Scottish Certificate of Education, 1962
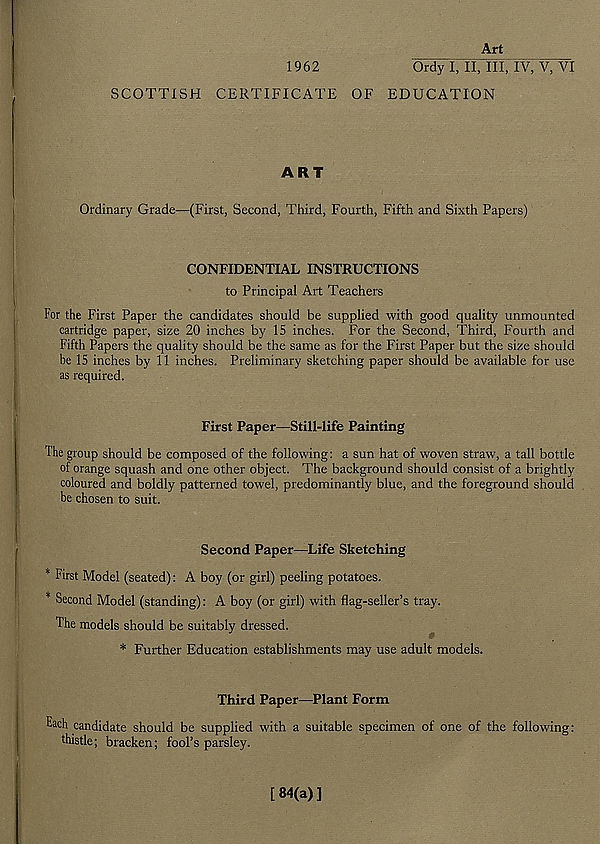
Art
1962
Ordy I, II, III, IV, V, VI
SCOTTISH CERTIFICATE OF EDUCATION
ART
Ordinary Grade—(First, Second, Third, Fourth, Fifth and Sixth Papers)
CONFIDENTIAL INSTRUCTIONS
to Principal Art Teachers
For the First Paper the candidates should be supplied with good quality unmounted
cartridge paper, size 20 inches by 15 inches. For the Second, Third, Fourth and
Fifth Papers the quality should be the same as for the First Paper but the size should
be 15 inches by 11 inches. Preliminary sketching paper should be available for use
as required.
First Paper—Still-life Painting
The group should be composed of the following: a sun hat of woven straw, a tall bottle
of orange squash and one other object. The background should consist of a brightly
coloured and boldly patterned towel, predominantly blue, and the foreground should
be chosen to suit.
Second Paper—Life Sketching
* First Model (seated): A boy (or girl) peeling potatoes.
* Second Model (standing): A boy (or girl) with flag-seller’s tray.
The models should be suitably dressed.
* Further Education establishments may use adult models.
Third Paper—Plant Form
Each candidate should be supplied with a suitable specimen of one of the following:
thistle; bracken; fool’s parsley.
[84(a)]